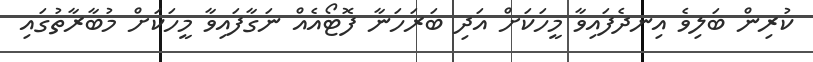
ކުރިން ބަލިވެ އިނދެފައިވާ މީހަކަށް އަދި ބަރަހަނާ ފޮޓޯއެއް ނަގާފައިވާ މީހަކަށް މުބާރާތުގައި